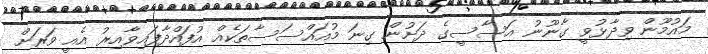
މައުމޫން ވިދާޅުވީ ގާނޫނު އަސާސީގެ ދަށުން ގިނަ މުއައްސަސާތަކެއް އުފައްދާފައިވާއިރު އެއީ ވަރަށް